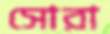
সোরা